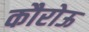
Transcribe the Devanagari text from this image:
कौरोऊ